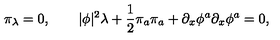
\pi _ { \lambda } = 0 , \qquad | \phi | ^ { 2 } \lambda + { \frac { 1 } { 2 } } \pi _ { a } \pi _ { a } + \partial _ { x } \phi ^ { a } \partial _ { x } \phi ^ { a } = 0 ,